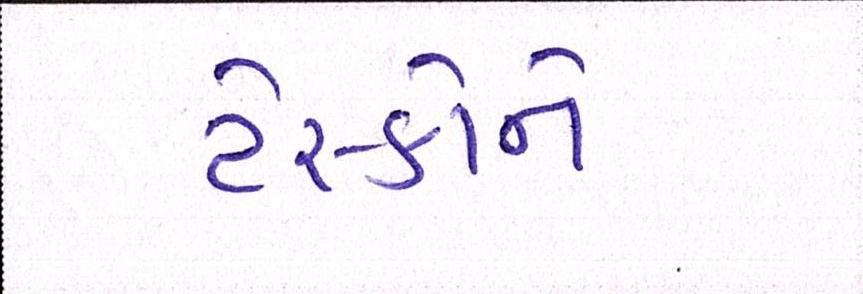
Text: ટેસ્કોને